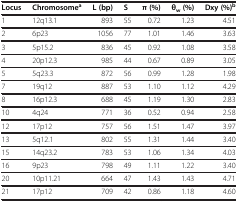
<table><thead><tr><td><b>Locus</b></td><td><b>Chromosome<sup>a</sup></b></td><td><b>L (bp)</b></td><td><b>S</b></td><td><b>π (%)</b></td><td><b>θ<sub>w </sub>(%)</b></td><td><b>Dxy (%)<sup>b</sup></b></td></tr></thead><tbody><tr><td>1</td><td>12q13.1</td><td>893</td><td>55</td><td>0.72</td><td>1.23</td><td>4.51</td></tr><tr><td>2</td><td>6p23</td><td>1056</td><td>77</td><td>1.01</td><td>1.46</td><td>3.63</td></tr><tr><td>3</td><td>5p15.2</td><td>836</td><td>45</td><td>0.92</td><td>1.08</td><td>3.58</td></tr><tr><td>4</td><td>20p12.3</td><td>985</td><td>44</td><td>0.67</td><td>0.89</td><td>3.05</td></tr><tr><td>5</td><td>5q23.3</td><td>872</td><td>56</td><td>0.99</td><td>1.28</td><td>1.98</td></tr><tr><td>7</td><td>19q12</td><td>887</td><td>53</td><td>1.10</td><td>1.12</td><td>4.29</td></tr><tr><td>8</td><td>16p12.3</td><td>688</td><td>45</td><td>1.19</td><td>1.30</td><td>2.83</td></tr><tr><td>10</td><td>4q24</td><td>771</td><td>36</td><td>0.52</td><td>0.94</td><td>2.58</td></tr><tr><td>12</td><td>17p12</td><td>757</td><td>56</td><td>1.51</td><td>1.47</td><td>3.97</td></tr><tr><td>13</td><td>5q12.1</td><td>802</td><td>55</td><td>1.31</td><td>1.44</td><td>3.40</td></tr><tr><td>15</td><td>14q23.2</td><td>783</td><td>53</td><td>1.06</td><td>1.34</td><td>4.03</td></tr><tr><td>16</td><td>9p23</td><td>798</td><td>49</td><td>1.11</td><td>1.22</td><td>3.40</td></tr><tr><td>20</td><td>10p11.21</td><td>664</td><td>47</td><td>1.43</td><td>1.43</td><td>4.71</td></tr><tr><td>21</td><td>17p12</td><td>709</td><td>42</td><td>0.86</td><td>1.18</td><td>4.60</td></tr></tbody></table>